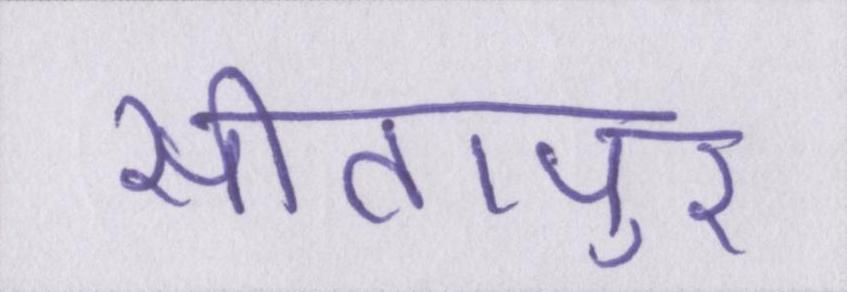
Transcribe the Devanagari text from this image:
सीतापुर